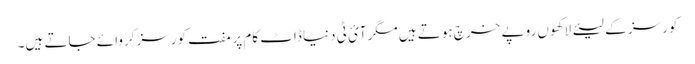
کورسز کے لیئے لاکھوں روپے خرچ ہوتے ہیں مگرآئ ٹی دنیا ڈاٹ کام پر مفت کورسز کروائے جاتے ہیں۔